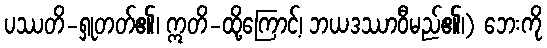
ပဿတိ-ရှုတတ်၏၊ ဣတိ-ထို့ကြောင့်၊ ဘယဒဿာဝီမည်၏၊) ဘေးကို